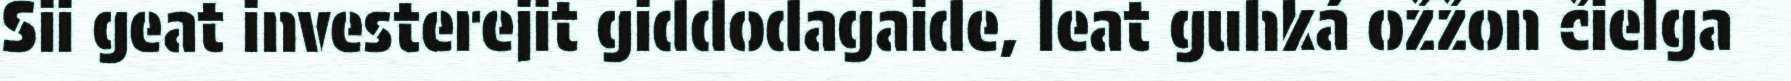
Sii geat investerejit giddodagaide, leat guhká ožžon čielga